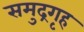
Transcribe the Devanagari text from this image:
समुद्रगृह